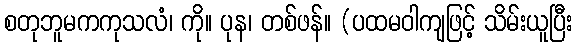
စတုဘူမကကုသလံ၊ ကို။ ပုန၊ တစ်ဖန်။ (ပထမဝါကျဖြင့် သိမ်းယူပြီး